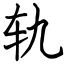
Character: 轨